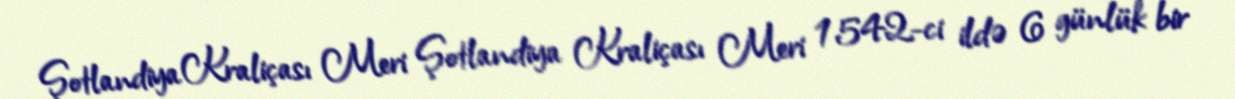
Şotlandiya Kraliçası Meri Şotlandiya Kraliçası Meri 1542-ci ildə 6 günlük bir